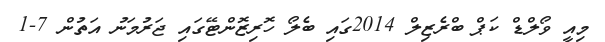
މިއީ ވޯލްޑް ކަޕް ބްރެޒިލް 2014ގައި ބެލޯ ހޮރިޒޮންޓޭގައި ޖަރުމަނު އަތުން 7-1